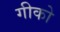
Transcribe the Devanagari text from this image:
गीको